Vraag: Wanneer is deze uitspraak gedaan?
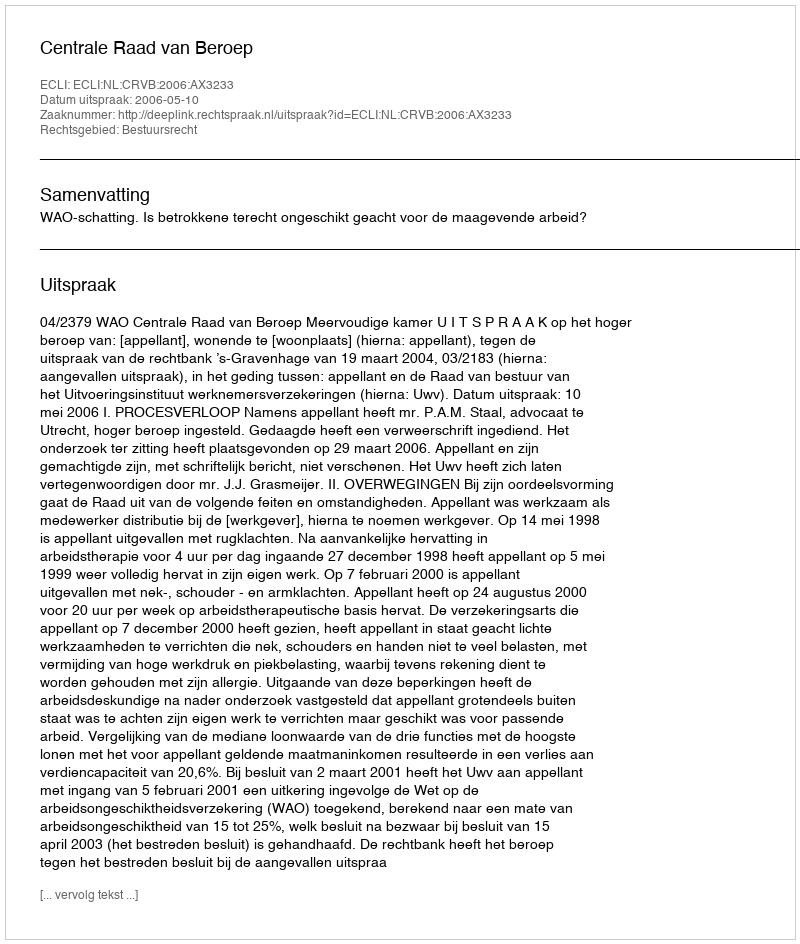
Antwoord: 2006-05-10